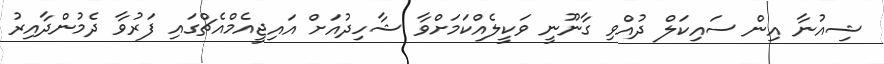
ޝިއުނާ އިން ސައިކަލް ދުއްވި ގާނޫނީ ވަކީލެއްކަމަށްވާ ޝާހިދުއަށް އައިޖީއެމްއެޗްގައި ފަރުވާ ދެމުންދާއިރު